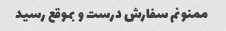
ممنونم سفارش درست و بموقع رسید